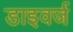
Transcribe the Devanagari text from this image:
डाइवर्ज